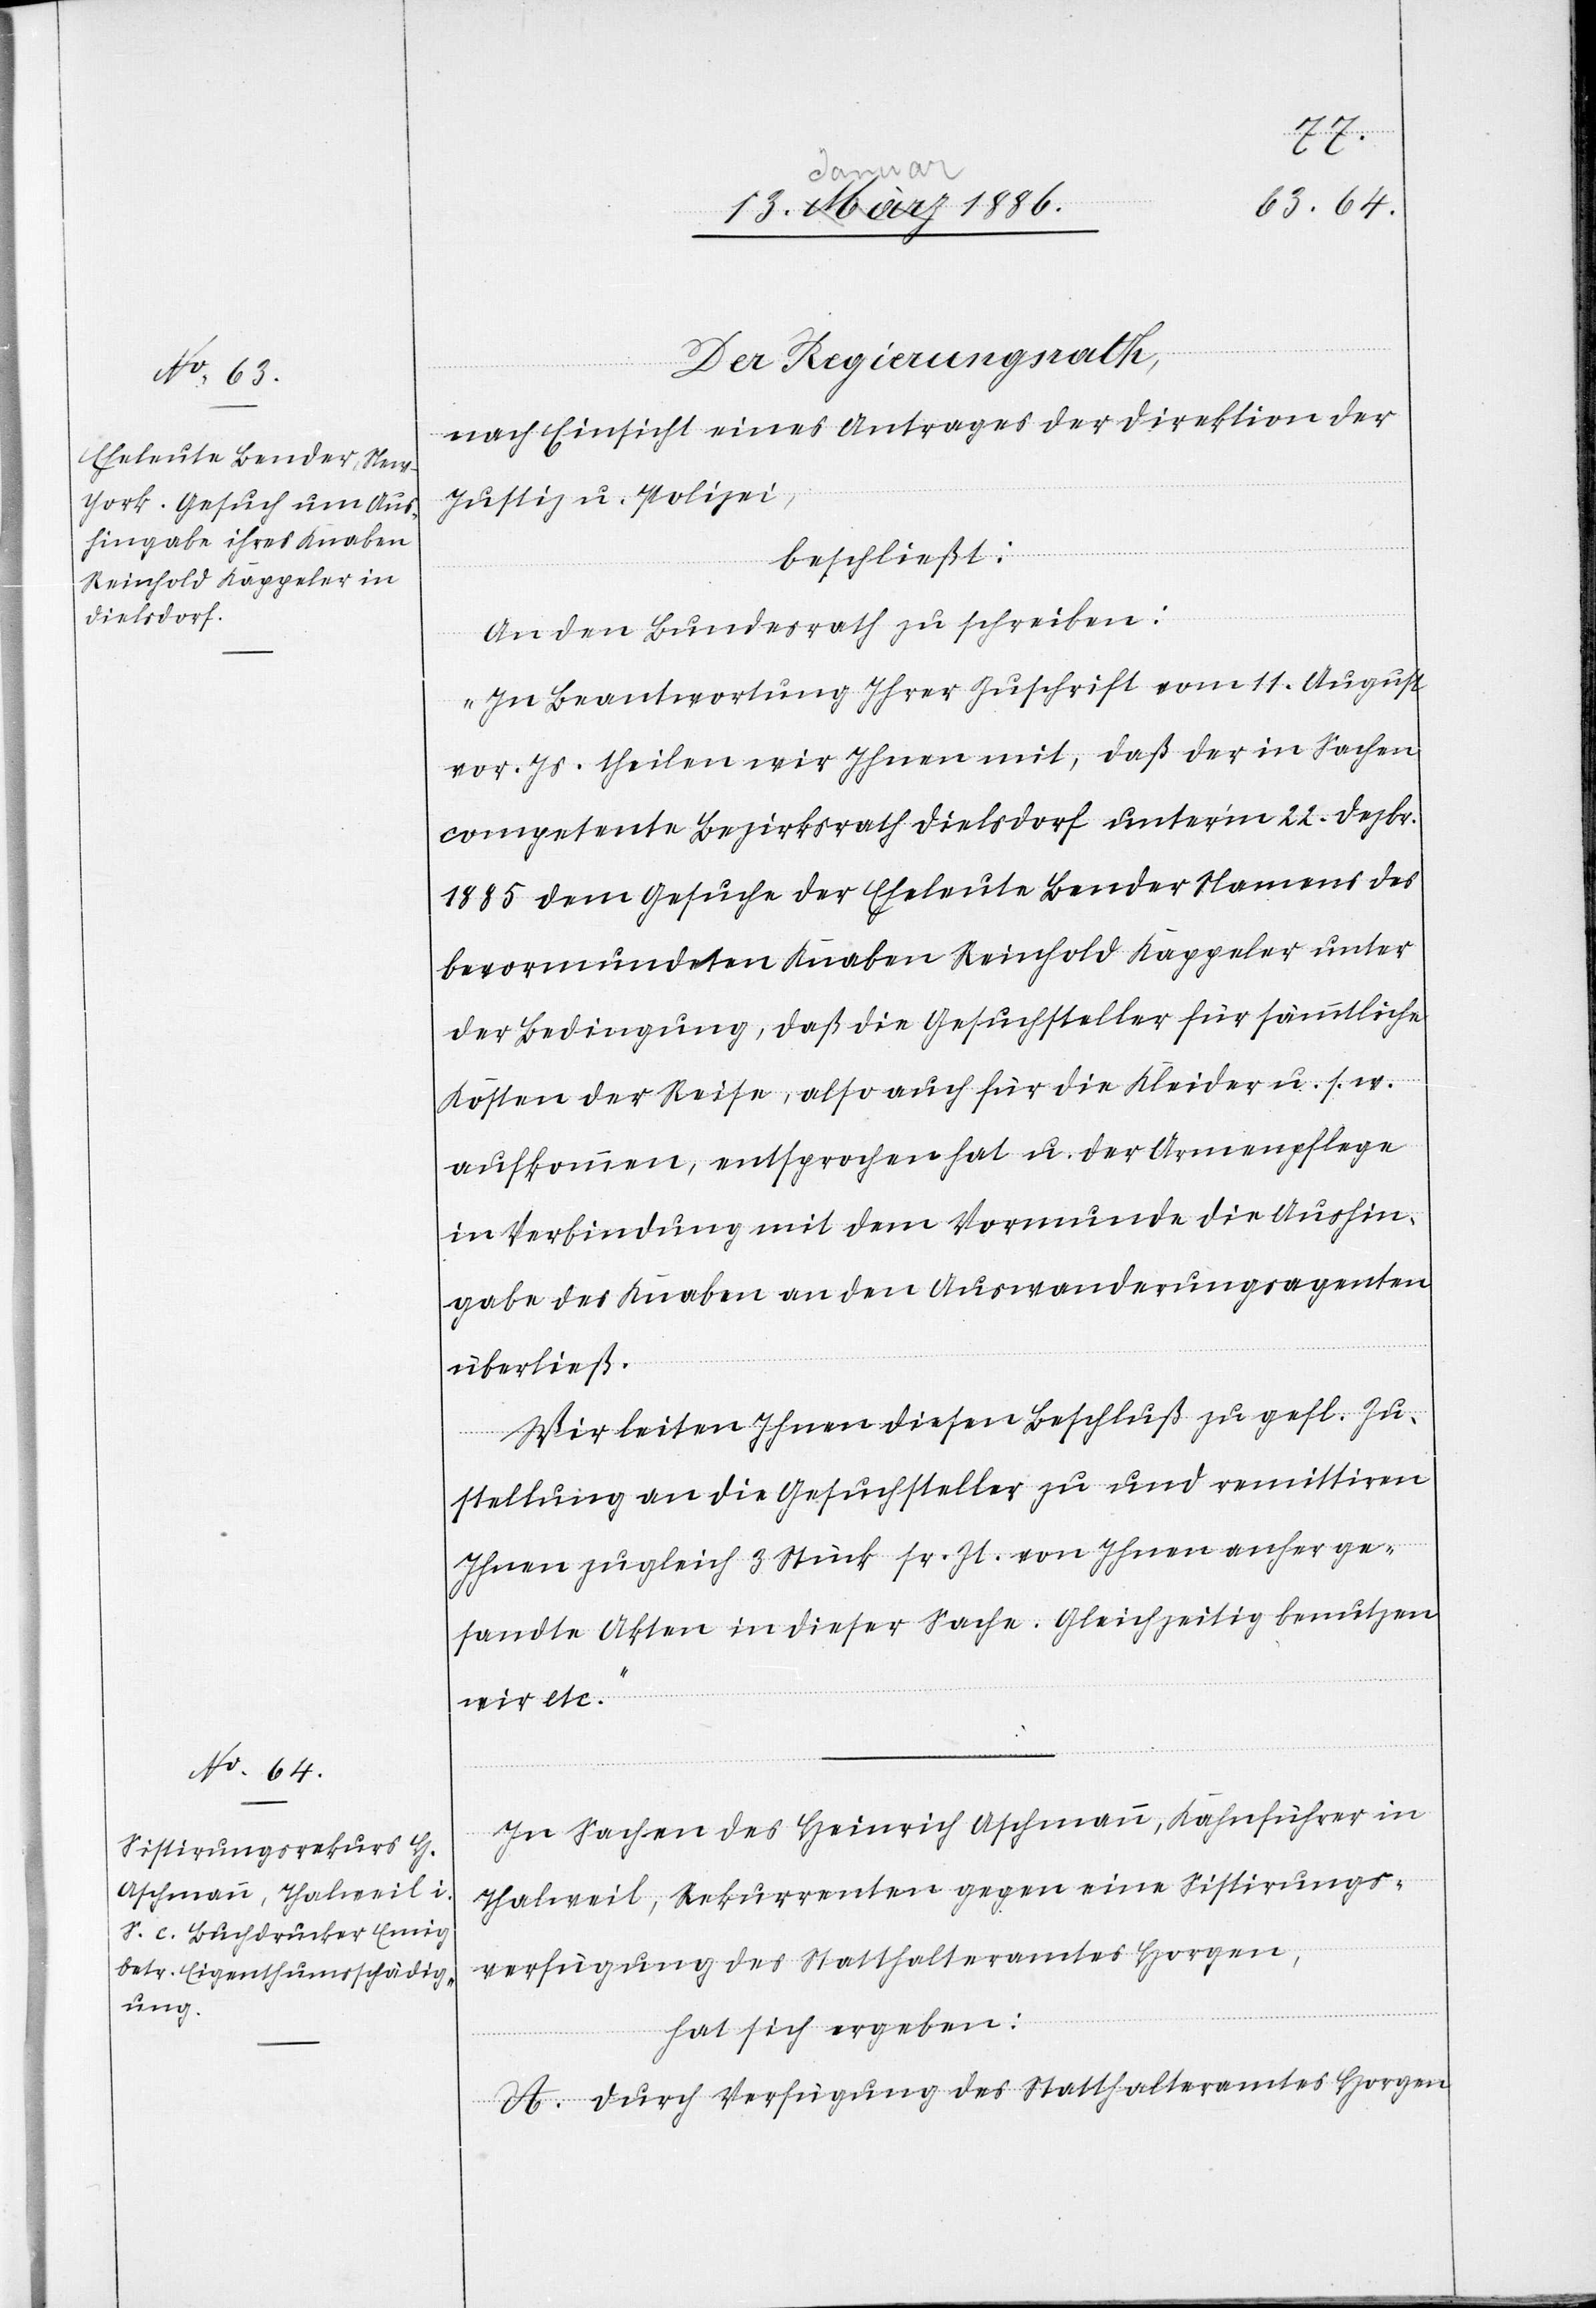
Der Regierungsrath,
nach Einsicht eines Antrages der Direktion der
Justiz u. Polizei,
beschließt:
An den Bundesrath zu schreiben:
„In Beantwortung Ihrer Zuschrift vom 11. August
vor. Js. theilen wir Ihnen mir, daß der in Sachen
competente Bezirksrath Dielsdorf unterm 22 Dezbr.
1885 dem Gesuche der Eheleute Bender Namens des
bevormundeten Knaben Reinhold Kappeler unter
der Bedingung, daß die Gesuchsteller für sämmtliche
Kosten der Reise, also auch für die Kleider u. s. w.
aufkommen, entsprochen hat u. der Armenpflege
in Verbindung mit dem Vormunde die Aushin¬
gabe des Knaben an den Auswanderungsagenten
überließ.
Wir leiten Ihnen diesen Beschluß zu gefl. Zu¬
stellung an die Gesuchsteller zu und remittiren
Ihnen zu gleich 3 Stück sr. Zt. von Ihnen anher ge¬
sandten Akten in dieser Sache. Gleichzeitig benutzen
wir etc.“
In Sachen des Heinrich Aschmann, Kahnführer in
Thalweil, Rekurrenten gegen eine Sistirungs¬
verfügung des Statthalteramtes Horgen,
hat sich ergeben:
A. Durch Verfügung des Statthalteramtes Horgen